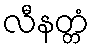
လီနတ္တံ